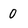
Character: 0